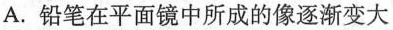
A.铅笔在平面镜中所成的像逐渐变大